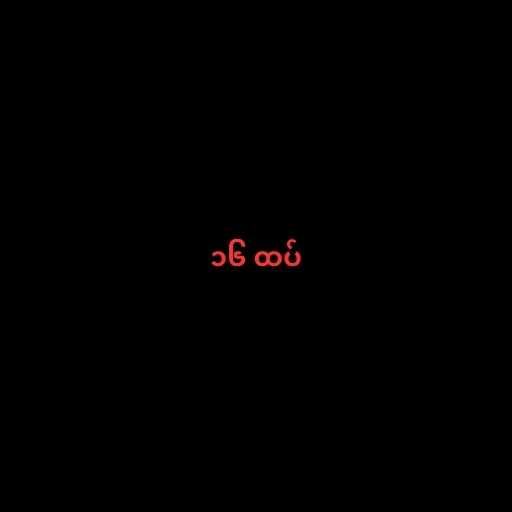
၁၆ ထပ်